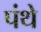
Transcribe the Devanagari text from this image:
पंथे